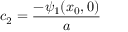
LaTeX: c _ { 2 } = { \frac { - \psi _ { 1 } ( x _ { 0 } , 0 ) } { a } }